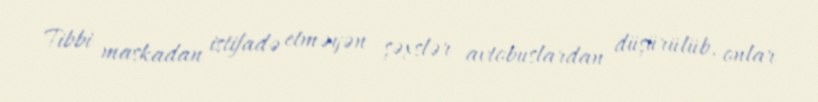
Tibbi maskadan istifadə etməyən şəxslər avtobuslardan düşürülüb, onlar